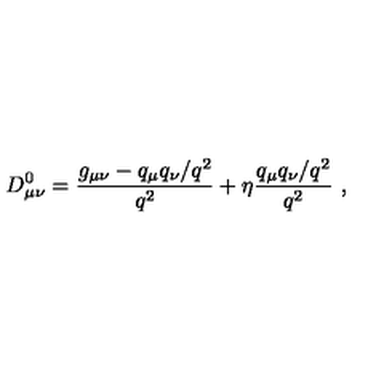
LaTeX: D _ { \mu \nu } ^ { 0 } = { \frac { g _ { \mu \nu } - q _ { \mu } q _ { \nu } / q ^ { 2 } } { q ^ { 2 } } } + \eta { \frac { q _ { \mu } q _ { \nu } / q ^ { 2 } } { q ^ { 2 } } } \ ,